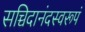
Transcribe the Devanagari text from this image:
सच्चिदानंदस्वरूपं